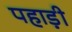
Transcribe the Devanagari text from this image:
पहाड़़ी